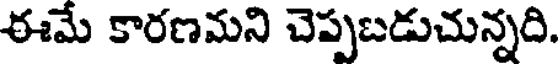
ఈమే కారణమని చెప్పబడుచున్నది.